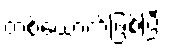
တစ်ယောက်ဖြစ်ပြီး